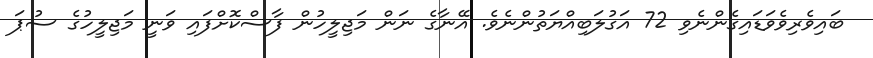
ބައިވެރިވެވަޑައިގެންނެވި 72 އަގުލަބިއްޔަތުންނެވެ. އޭނާގެ ނަން މަޖިލީހުން ފާސްކޮށްފައި ވަނީ މަޖިލީހުގެ ސުޕަ